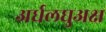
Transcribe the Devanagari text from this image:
अर्धलघुअक्ष